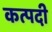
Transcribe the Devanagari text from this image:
कत्पदी